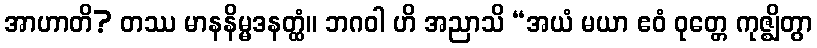
အာဟာတိ? တဿ မာနနိမ္မဒနတ္ထံ။ ဘဂဝါ ဟိ အညာသိ “အယံ မယာ ဧဝံ ဝုတ္တေ ကုဇ္ဈိတွာ